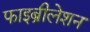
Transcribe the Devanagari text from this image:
फाइब्रीलेशन